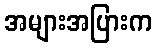
အများအပြားက